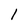
Character: 1